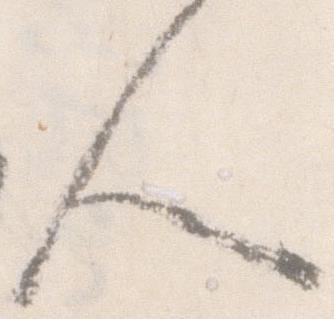
人